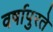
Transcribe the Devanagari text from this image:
वर्षापुरते